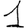
Digit: 1